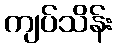
ကျပ်သိန်း